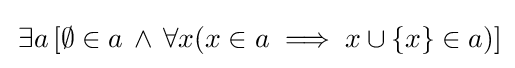
\,\exists a\,[\emptyset \in a\,\land \,\forall x(x\in a\implies x\cup \{x\}\in a)]